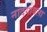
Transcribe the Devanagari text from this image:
नांदगावला